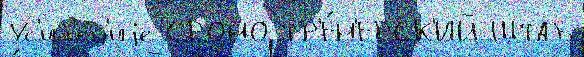
Ус'ил'е́н'иjе СРОНО ТР'Е́Н'ЕРСК'ИЙ ШТАБ